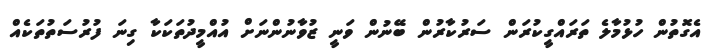
އެގޮތުން ހުޅުމާލެ ތަރައްގީކުރަން ސަރުކާރުން ބޭނުން ވަނީ ޒުވާނުންނަށް އުއްމީދުތަކަކާ ގިނަ ފުރުސަތުތަކެއް